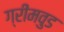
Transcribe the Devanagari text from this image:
ग्रीमवुड